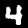
Digit: 4